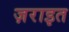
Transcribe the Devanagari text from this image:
ज़राइत